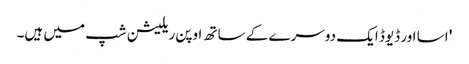
' اسا اور ڈیوڈ ایک دوسرے کے ساتھ اوپن ریلیشن شپ میں ہیں۔